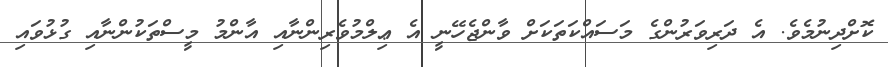
ކޮށްދިނުމެވެ. އެ ދަރިވަރުންގެ މަސައްކަތަކަށް ވާންޖެހޭނީ އެ ޢިލްމުވެރިންނާއި އާންމު މީސްތަކުންނާއި ގުޅުވައި